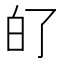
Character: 𤽀